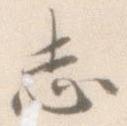
志